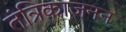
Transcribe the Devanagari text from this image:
तंत्रिकाजनन